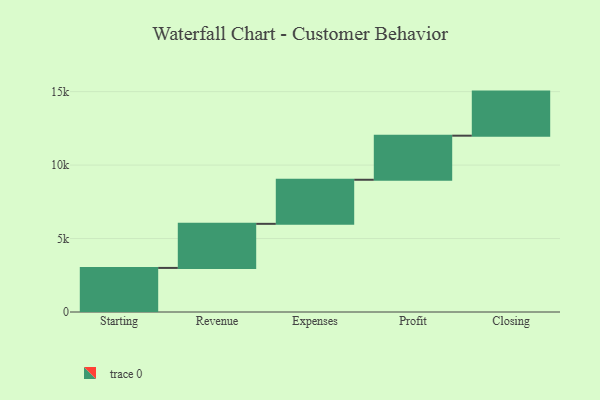
{"axis": {"x": "Step", "y": "Value"}, "legend": [""], "data": [{"x": "Starting", "y": 3000, "type": ""}, {"x": "Revenue", "y": 3000, "type": ""}, {"x": "Expenses", "y": 3000, "type": ""}, {"x": "Profit", "y": 3000, "type": ""}, {"x": "Closing", "y": 3000, "type": ""}]}